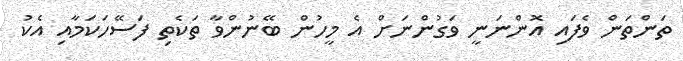
ތަންތަން ވެފައި އޮންނަނީ ވަގުންނަށް އެ މީހުން ބޭނުންވާ ތަކެތި ފަސޭހަކަމާއި އެކު